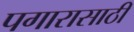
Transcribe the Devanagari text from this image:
पगारासाठी